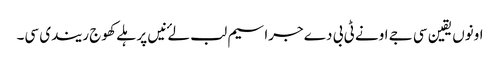
اونوں یقین سی جے اونے ٹی بی دے جراسیم لب لۓ نیں پر ہلے کھوج ریندی سی۔